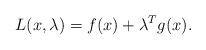
LaTeX: \begin{align*}L(x,\lambda)=f(x)+\lambda^Tg(x). \end{align*}